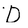
Character: D